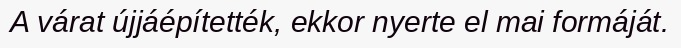
A várat újjáépítették, ekkor nyerte el mai formáját.